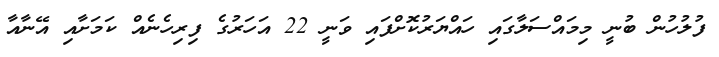
ފުލުހުން ބުނީ މިމައްސަލާގައި ހައްޔަރުކޮށްފައި ވަނީ 22 އަހަރުގެ ފިރިހެނެއް ކަމަށާއި އޭނާއާ